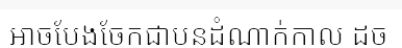
អាចបែងចែកជាបួនដំណាក់កាល ដូច